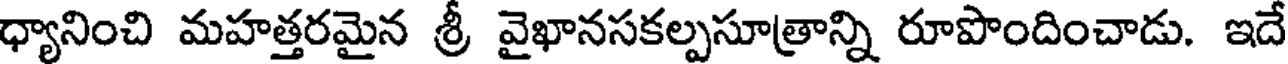
ధ్యానించి మహత్తరమైన శ్రీ వైఖానసకల్పసూత్రాన్ని రూపొందించాడు. ఇదే